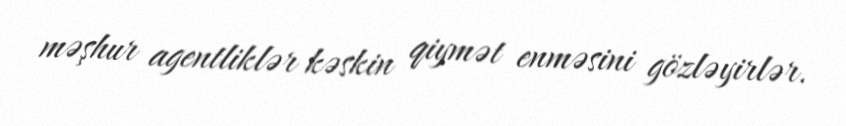
məşhur agentliklər kəskin qiymət enməsini gözləyirlər.